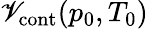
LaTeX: \mathscr{V}_{\mathrm{{cont}}}(p_{0},T_{0})